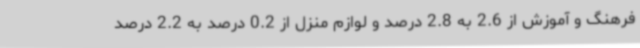
فرهنگ و آموزش از 2.6 به 2.8 درصد و لوازم منزل از 0.2 درصد به 2.2 درصد